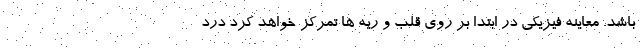
باشد. معاینه فیزیکی در ابتدا بر روی قلب و ریه ها تمرکز خواهد کرد درد